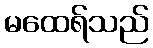
မထေရ်သည်